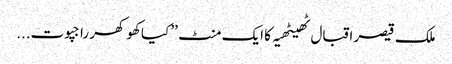
ملک قیصر اقبال ٹھیٹھیہ کا ایک منٹ ’’ کیا کھوکھر راجپوت...